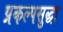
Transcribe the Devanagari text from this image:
प्रकल्पसुद्धा